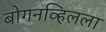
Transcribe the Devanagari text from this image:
बोगनव्हिलला